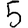
Digit: 5